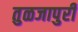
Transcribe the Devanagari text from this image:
तुळजापुरी